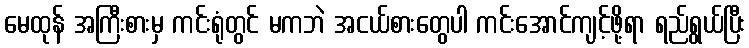
မေထုန် အကြီးစားမှ ကင်းရုံတွင် မကဘဲ အငယ်စားတွေပါ ကင်းအောင်ကျင့်ဖို့ရာ ရည်ရွယ်ပြီး